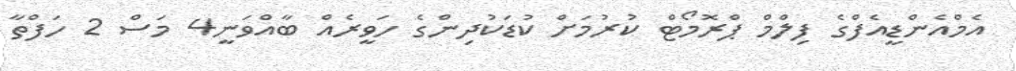
އެމްއެންޑީއެފްގެ ފިލްމް ޕްރޮމޯޓް ކުރުމަށް ކުޑަކުދިންގެ ހަވީރެއް ބާއްވަނީ4 މަސް 2 ހަފްތާ